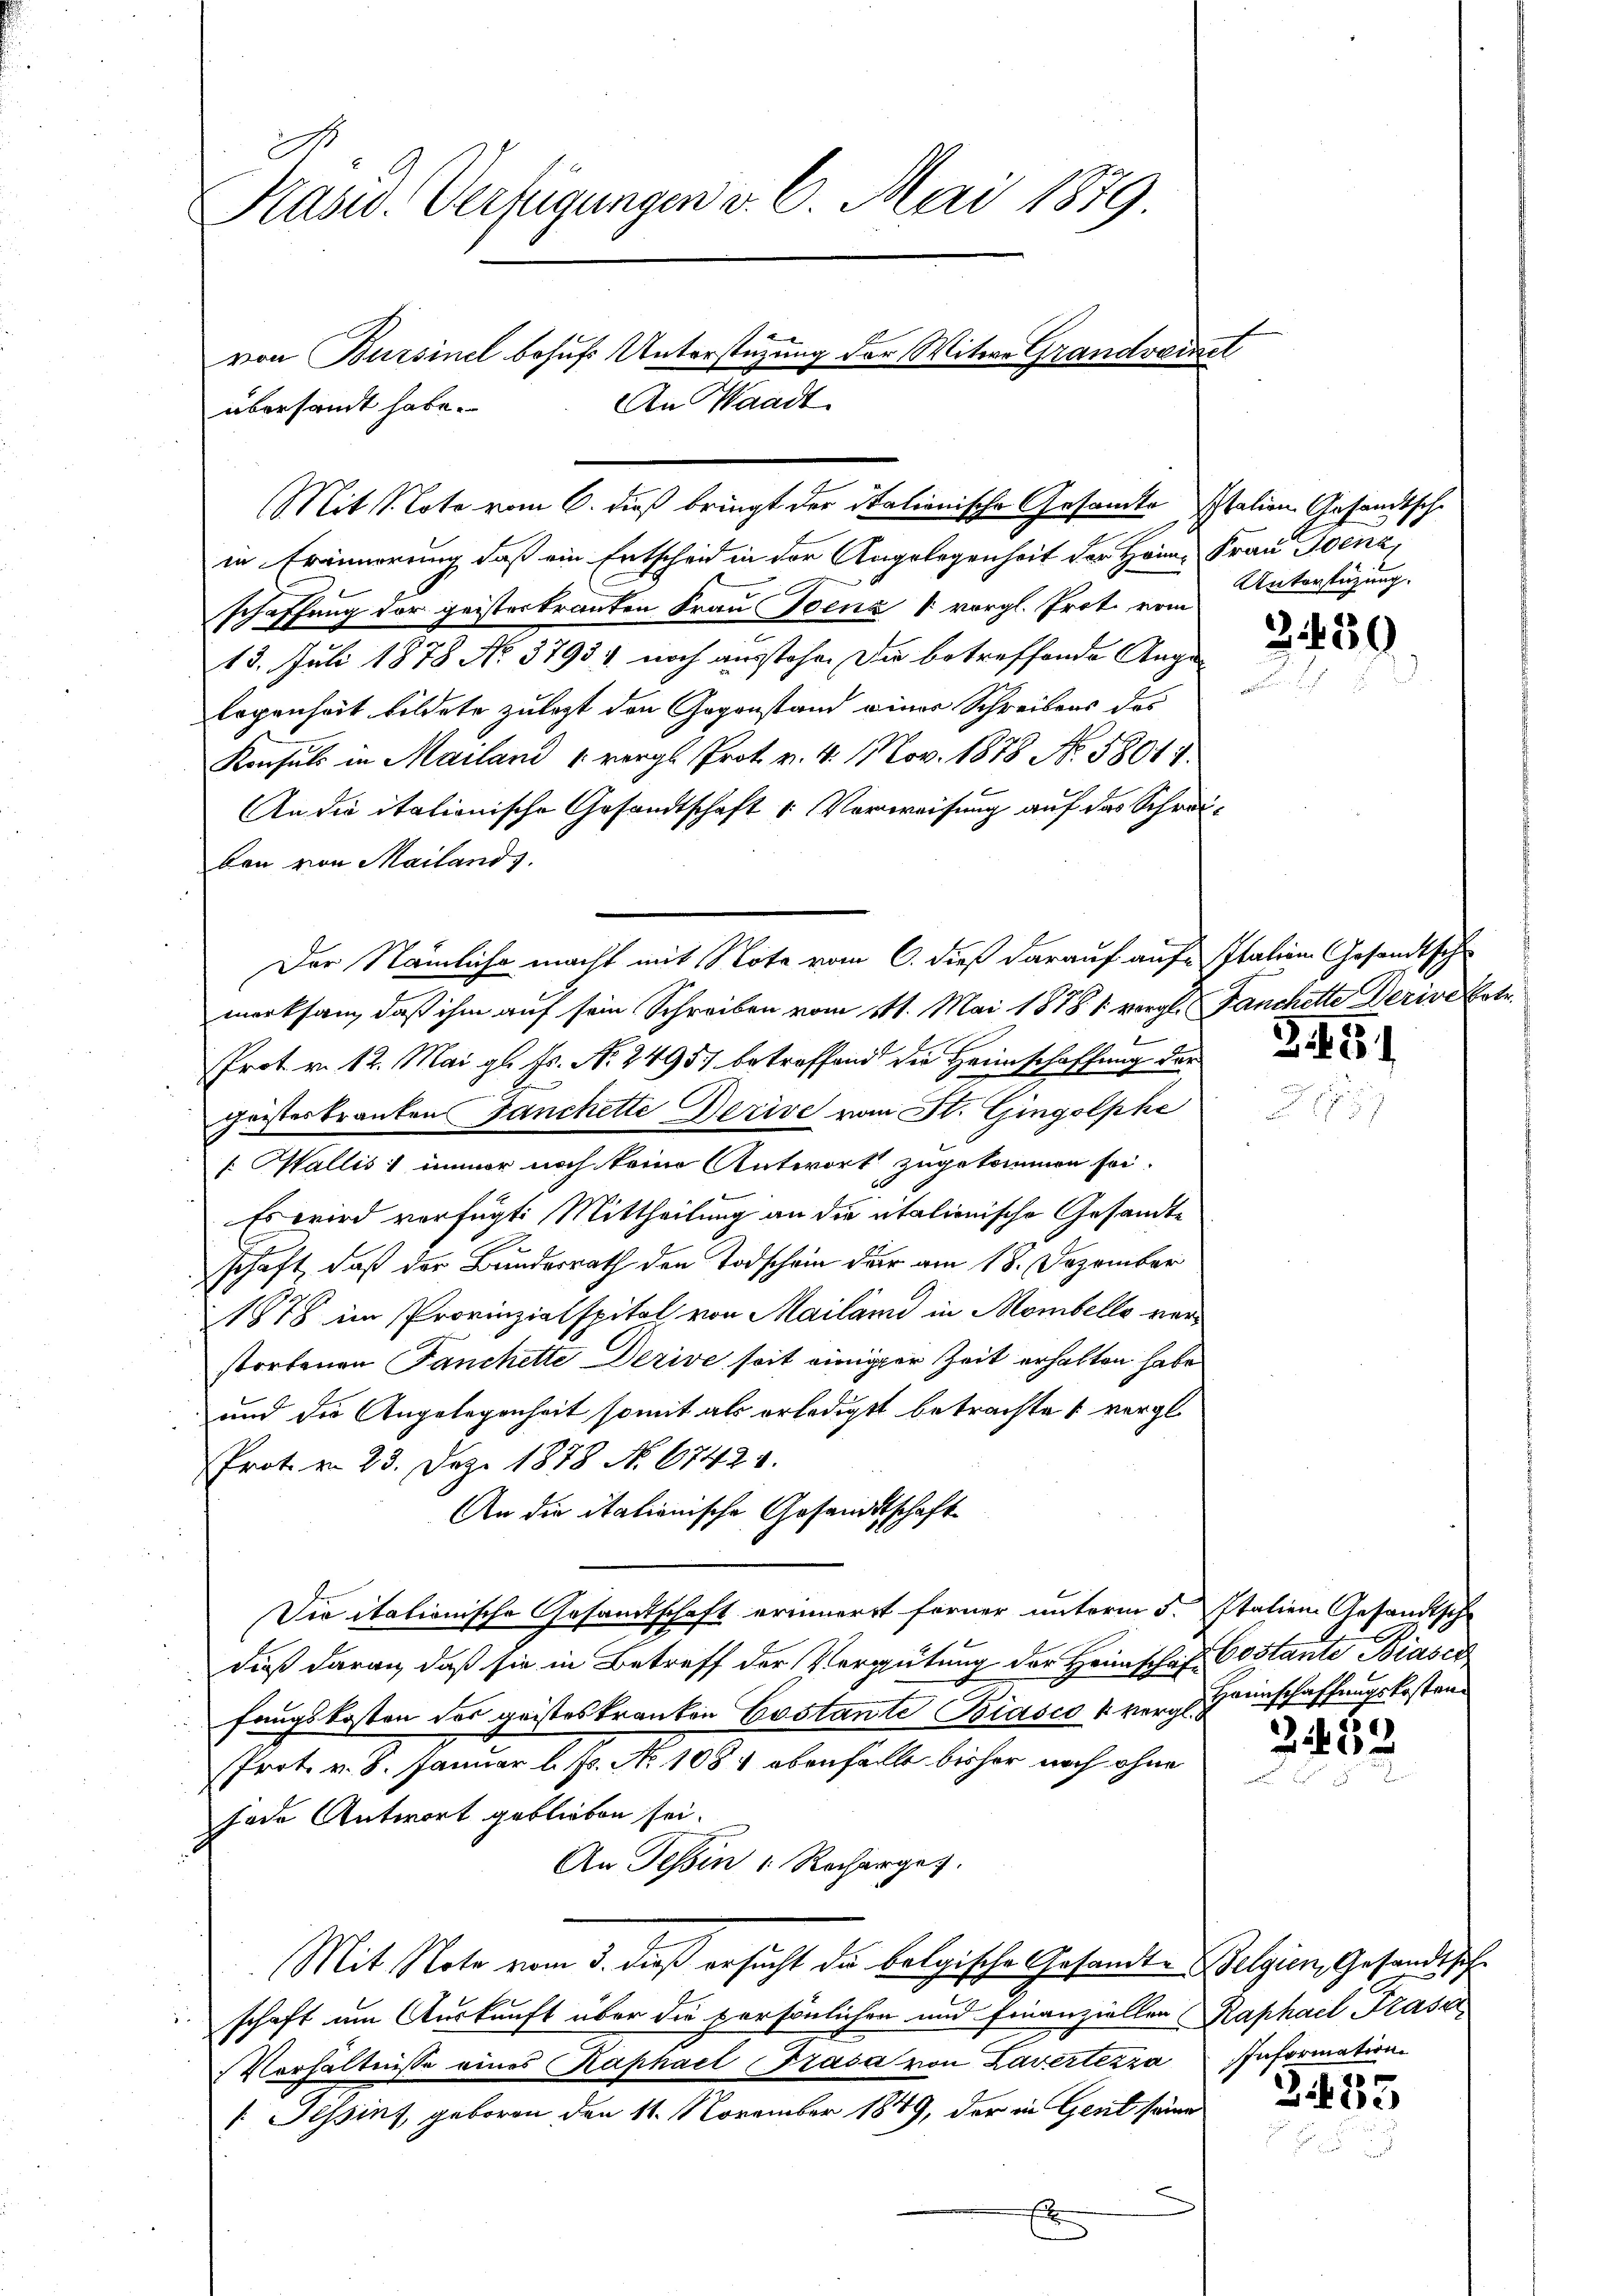
.
Pasid. Verfügungen v. 6. Mai 1879.
von Bursinel behufs Unterstützung der Witwe Grandweinet
An Waadt
übersammt habe.

in Erinnerung daß ein Entscheid in der Angelegenheit der Heim, Frau Jena,
schaffung der geisterkranten Frau Benz v vorgl. Prot. vom
13. Juli 1878 No. 3793 noch ausstehe. Die betreffende Auge
legenheit bildete zulezt den Gegenstand einer Schreibens des
Konsuls in Mailand u. vergl. Prot. v. 4. Nov. 1878 No. 58014.
An die itationische Gesandtschaft u. Verweisung auf das Schreiben von Mailands
merksam, daß ihm auf sein Schreiben vom 11t. Mai 1878 1 vergl. Fanchette Derive Bote
u
Prot. v. 12. Mai gl. Fs. No. 24957 betreffend die Heimschaffung der
gristeskranken Fanchette Derive von St. Gingolphe
[ Wallis immer noch keine Antwort zugekommen sei.
Es wird verfügt: Mittheilung an die italienische Gesandte
schaft, daß der Bundesrath den Todschein der am 18. Dezember
1878 im Provinzialspital von Mailand in Mombello verstorbenen Fanchette Derive seit einiger Zeit erhalten habe
und die Angelegenheit somit als erledigt betrachtes vergl.
Prot. v. 23. Dez. 1878 No. 67421.
An die italienische Gesandtschaft
Die italionische Gesamtschaft erinnerrt ferner unterm 5. Italien Gesandtsch
dieß daran, daß sie in Betreff der Vergütung der Herrschaf Costante Biasca
fangskosten des geisteskranken Costante Biasco 4 vergl. Heinschaffungskosten¬
Prot. v. 8. Januar l. Js. No 1081 ebenfalle bisher noch ohne
jode Antwort geblieben sei.
An Tessin: Rocherges.
Mit Note vom 3. dieß ersucht da belgische Gesandt-Belgien, Gesandtsche
schaft um Auskunft über die persönlichen und finanziellen Raphael Trasa
r
Verhältnisse eines Kaphael Frasa von Lavertezza Information
[Jessins, geboren den 11. November 1849, der in Gent seine
x

Der Nämliche macht mit Note vom 6. dieß darauf auf Italien Gesandtsch¬

Mit Note vom 6. dieß bringt der italionische Gesandte Italien Gesandtsche

Unterstüzung.

2430

345

6
25

3435